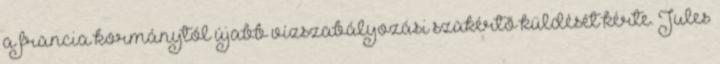
a francia kormánytól újabb vízszabályozási szakértõ küldését kérte. Jules